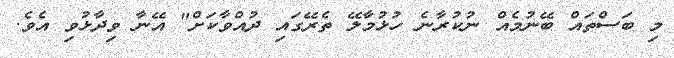
މި ބަސްތައް ބޭނުމެއް ނުކުރާނެ ހުޅުމާލޭ ތެރޭގައި ދުއްވާކަށް" އޭނާ ވިދާޅުވި އެވެ.